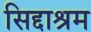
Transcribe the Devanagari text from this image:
सिद्दाश्रम